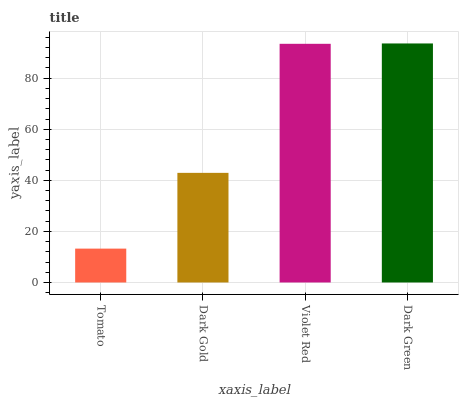
| xaxis_label | bars |
 | --- | --- |
 | Tomato | 13.3 |
 | Dark Gold | 42.9 |
 | Violet Red | 93.5 |
 | Dark Green | 93.6 |